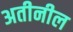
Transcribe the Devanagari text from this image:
अतीनील